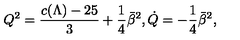
Q ^ { 2 } = { \frac { c ( \Lambda ) - 2 5 } { 3 } } + { \frac { 1 } { 4 } } \bar { \beta } ^ { 2 } , \dot { Q } = - { \frac { 1 } { 4 } } \bar { \beta } ^ { 2 } ,